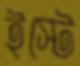
ইস্টে